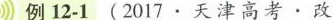
例12-1(2017.天津高考.改